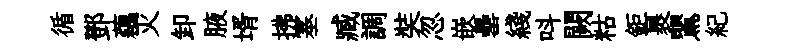
循鄧藕灭卸腋壻拂塞臧調奘忽嵌罍綫呌闕䊀鉅裹鸎紀